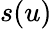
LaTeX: s(u)